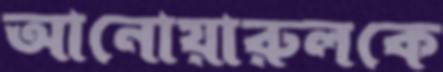
আনোয়ারুলকে